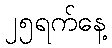
၂၅ရက်နေ့